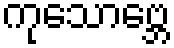
ကုသောဗ္ဘေ